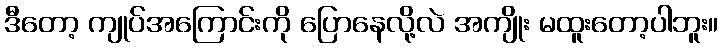
ဒီတော့ ကျုပ်အကြောင်းကို ပြောနေလို့လဲ အကျိုး မထူးတော့ပါဘူး။